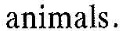
animals.